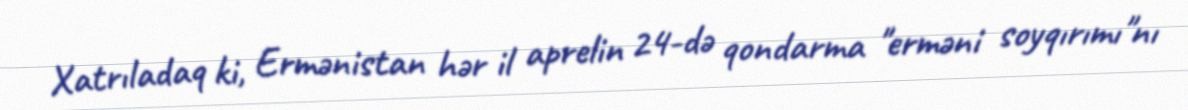
Xatrıladaq ki, Ermənistan hər il aprelin 24-də qondarma "erməni soyqırımı"nı